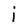
Character: i